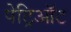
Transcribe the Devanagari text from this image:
पेट्रिऑट